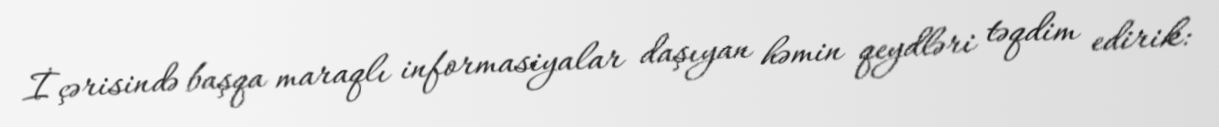
İçərisində başqa maraqlı informasiyalar daşıyan həmin qeydləri təqdim edirik: